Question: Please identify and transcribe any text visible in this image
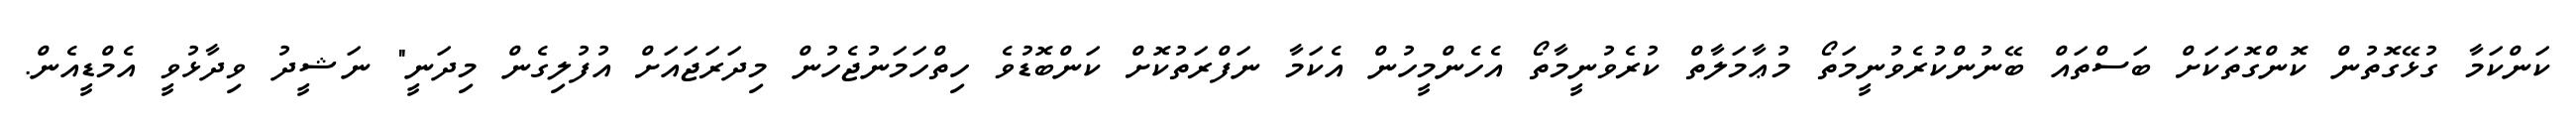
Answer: ކަންކަމާ ގުޅޭގޮތުން ކޮންގޮތަކަށް ބަސްތައް ބޭނުންކުރެވުނީމަތޯ މުޢާމަލާތް ކުރެވުނީމާތޯ އެހެންމީހުން އެކަމާ ނަފްރަތުކޮށް ކަންބޮޑުވެ ހިތްހަމަނުޖެހުން މިދަރަޖައަށް އުފުލިގެން މިދަނީ" ނަޝީދު ވިދާޅުވީ އެމްޑީއެން.